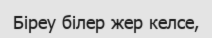
Біреу білер жер келсе,